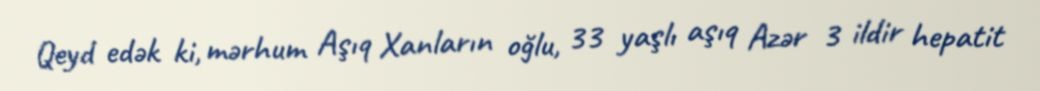
Qeyd edək ki, mərhum Aşıq Xanların oğlu, 33 yaşlı aşıq Azər 3 ildir hepatit